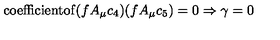
\mathrm { c o e f f i c i e n t o f } ( f A _ { \mu } c _ { 4 } ) ( f A _ { \mu } c _ { 5 } ) = 0 \Rightarrow \gamma = 0